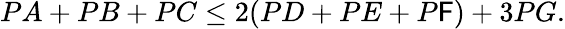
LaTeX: PA+PB+PC\leq2(PD+PE+P\mathsf{F})+3PG.